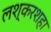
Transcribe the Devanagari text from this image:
लश्करशहा